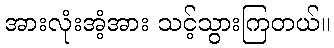
အားလုံးအံ့အား သင့်သွားကြတယ်။